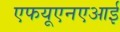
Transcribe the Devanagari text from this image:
एफयूएनएआई